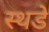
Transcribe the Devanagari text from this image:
स्थडे